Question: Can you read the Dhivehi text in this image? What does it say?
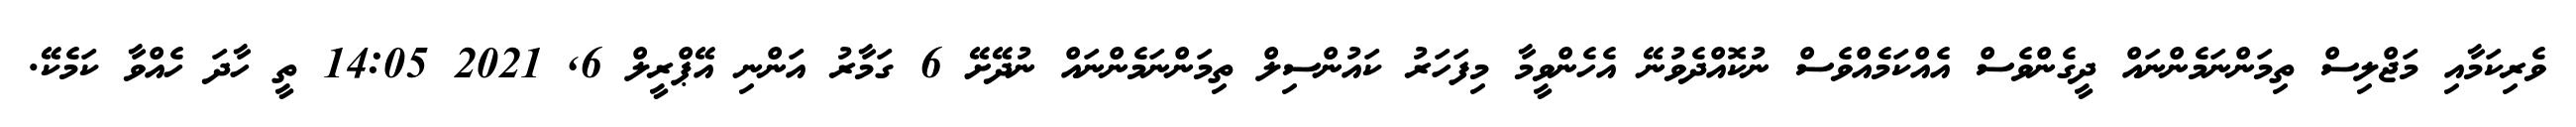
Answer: ވެރިކަމާއި މަޖްލިސް ތިމަންނަމެންނައް ދީގެންވެސް އެއްކަމެއްވެސް ނުކޮއްދެވުނޭ އެހެންވީމާ މިފަހަރު ކައުންސިލް ތިމަންނަމެންނައް ނުދޭށޭ 6 ގަމާރު އަންނި އޭޕްރީލް 6, 2021 14:05 ތީ ހާދަ ހެއްވާ ކަމެކޭ.